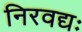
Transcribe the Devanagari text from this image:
निरवद्यः